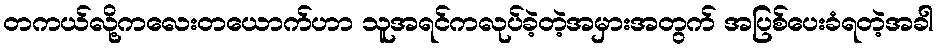
တကယ်လို့ကလေးတယောက်ဟာ သူအရင်ကလုပ်ခဲ့တဲ့အမှားအတွက် အပြစ်ပေးခံရတဲ့အခါ